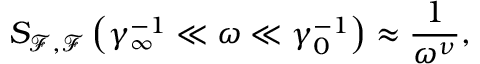
S _ { \mathcal { F } , \mathcal { F } } \left( \gamma _ { \infty } ^ { - 1 } \ll \omega \ll \gamma _ { 0 } ^ { - 1 } \right) \approx \frac { 1 } { \omega ^ { \nu } } ,